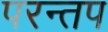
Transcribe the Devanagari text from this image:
परन्तप